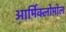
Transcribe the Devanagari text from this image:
आर्मिक्लोमोल